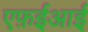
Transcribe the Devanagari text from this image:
एफ़ईआई